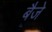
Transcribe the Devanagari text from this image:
बैजे